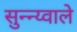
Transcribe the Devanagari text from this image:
सुन्न्य्वाले